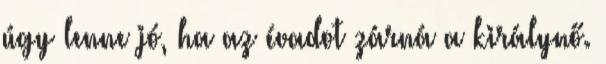
úgy lenne jó, ha az évadot zárná a királynő.